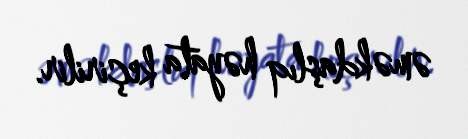
əməkdaşlıq həyata keçirilir.